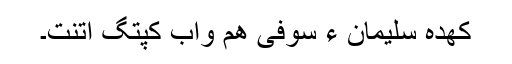
کھدہ سلیمان ءُُ سوفی ھم واب کپتگ اِتنت۔